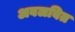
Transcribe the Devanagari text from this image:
अवलबित